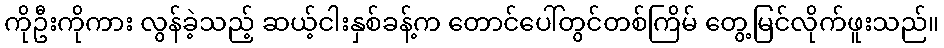
ကိုဦးကိုကား လွန်ခဲ့သည့် ဆယ့်ငါးနှစ်ခန့်က တောင်ပေါ်တွင်တစ်ကြိမ် တွေ့မြင်လိုက်ဖူးသည်။